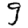
Digit: 9